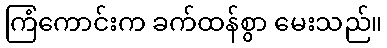
ကြံကောင်းက ခက်ထန်စွာ မေးသည်။